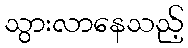
သွားလာနေသည့်